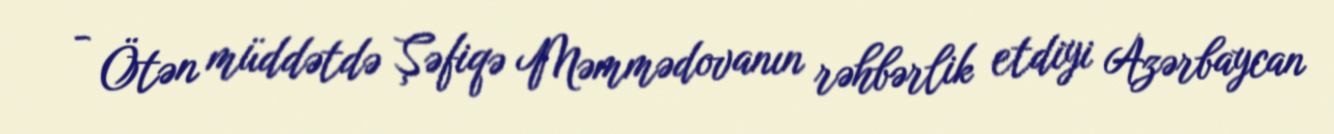
- Ötən müddətdə Şəfiqə Məmmədovanın rəhbərlik etdiyi Azərbaycan